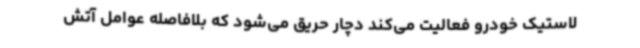
لاستیک خودرو فعالیت می‌کند دچار حریق می‌شود که بلافاصله عوامل آتش